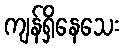
ကျန်ရှိနေသေး